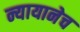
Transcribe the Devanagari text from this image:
न्यायानेच